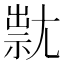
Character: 㞊